Annual administration report of the Civil Veterinary Department of India - 1897-1898
Year: 1897
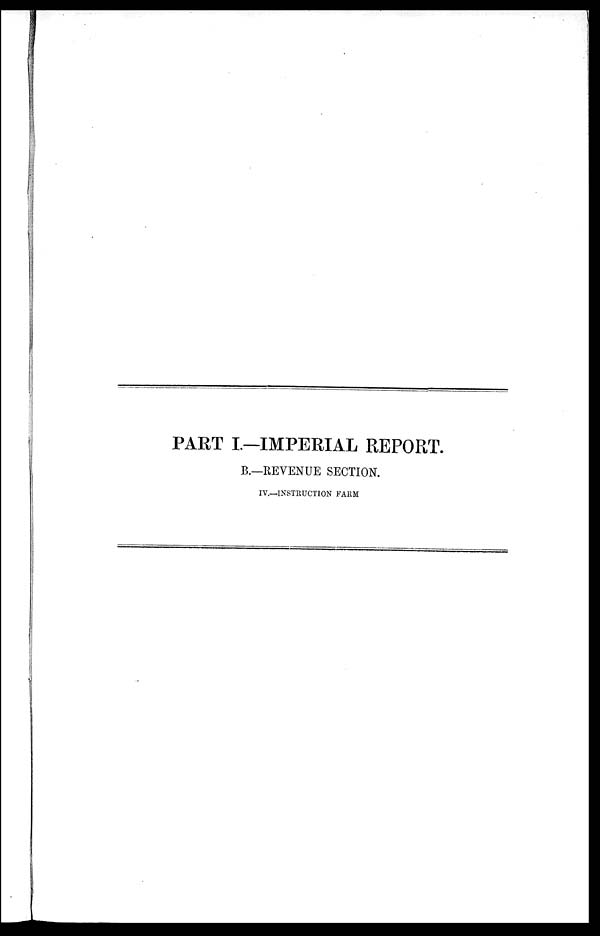
PART I—IMPERIAL REPORT.
B.—REVENUE SECTION.
IV.—INSTRUCTION FARM